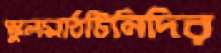
স্কুলমাঠটিনিদির